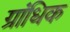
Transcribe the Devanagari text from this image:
ग्रांधिक